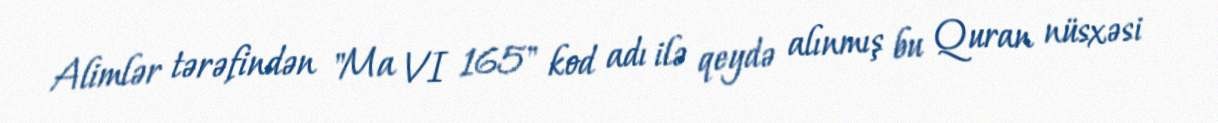
Alimlər tərəfindən "Ma VI 165" kod adı ilə qeydə alınmış bu Quran nüsxəsi